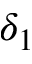
\delta _ { 1 }